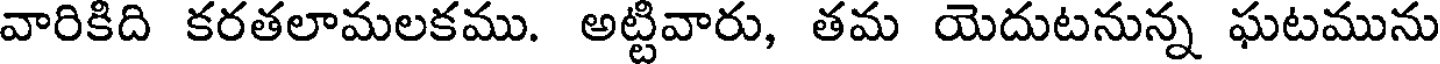
వారికిది కరతలామలకము. అట్టివారు, తమ యెదుటనున్న ఘటమును